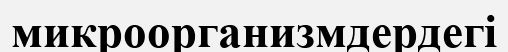
микроорганизмдердегі